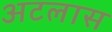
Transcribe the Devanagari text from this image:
अटलास